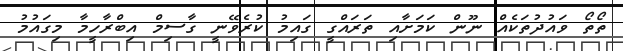
ތޯތޯ ވައުދުތަކެއް ނޫން ކަމަށާއި ތަރައްގީ ގައިމު ކުރެވޭނީ ގާސިމް އިބްރާހީމާ މިގައުމު